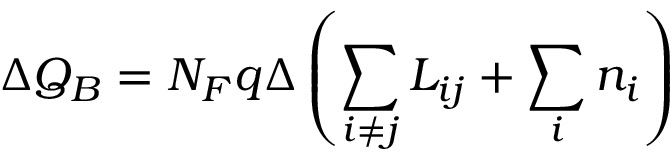
\Delta Q _ { B } = N _ { F } q \Delta \left( \sum _ { i \neq j } { \cal L } _ { i j } + \sum _ { i } n _ { i } \right)